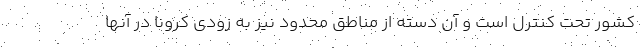
کشور تحت کنترل است و آن دسته از مناطق محدود نیز به زودی کرونا در آنها